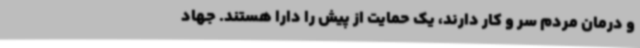
و درمان مردم سر و کار دارند، یک حمایت از پیش را دارا هستند. جهاد